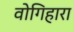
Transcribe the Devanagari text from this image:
वोगिहारा